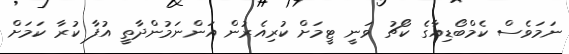
ނަމަވެސް ކެމްބޯޑިއާގެ ކޯޗު ވަނީ ޓީމަށް ކުރިއެރުން އަންނަމުންދާތީ އުފާ ކުރާ ކަމަށް